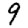
Digit: 9